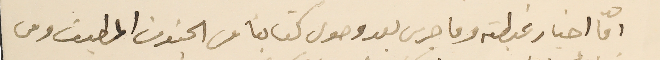
امّا اخبار غبطته وما جرى بعد وصول كتابنا من الجنون المطبق ومن